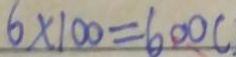
6 \times 1 0 0 = 6 0 0 c .